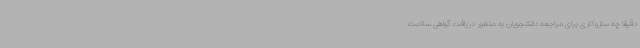
دقیقا چه سازوکاری برای مراجعه دانشجویان به منظور دریافت گواهی سلامت